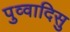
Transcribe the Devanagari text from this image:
पुव्वादिसु